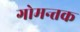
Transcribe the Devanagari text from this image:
गोमन्तक